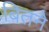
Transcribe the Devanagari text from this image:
बितने